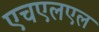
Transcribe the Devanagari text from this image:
एचएलएल